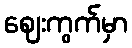
ဈေးကွက်မှာ